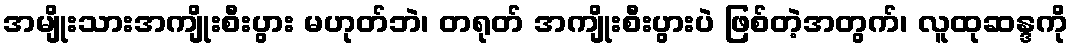
အမျိုးသားအကျိုးစီးပွား မဟုတ်ဘဲ၊ တရုတ် အကျိုးစီးပွားပဲ ဖြစ်တဲ့အတွက်၊ လူထုဆန္ဒကို